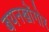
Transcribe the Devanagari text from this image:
बयनखोंगोर